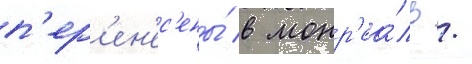
п'ер'ен'ес'ены́ в монр'еа́ль /